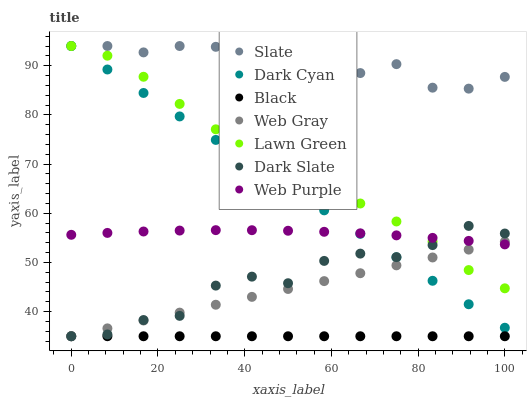
| xaxis_label | Slate | Dark Cyan | Black | Web Gray | Lawn Green | Dark Slate | Web Purple |
 | --- | --- | --- | --- | --- | --- | --- | --- |
 | 0 | 94 | 94 | 35 | 35 | 94 | 35 | 55.6 |
 | 8.33 | 94 | 89.2 | 35 | 36.6 | 92 | 35.4 | 56 |
 | 16.7 | 92.7 | 84.5 | 35 | 38.2 | 87.7 | 38.3 | 56.3 |
 | 25 | 94 | 79.7 | 35 | 39.8 | 82.2 | 39.1 | 56.5 |
 | 33.3 | 93.8 | 74.9 | 35 | 41.4 | 77.1 | 45.3 | 56.6 |
 | 41.7 | 91.2 | 70.1 | 35 | 43 | 72.9 | 47.1 | 56.6 |
 | 50 | 91.9 | 65.4 | 35 | 44.6 | 69.6 | 45.8 | 56.4 |
 | 58.3 | 87 | 60.6 | 35 | 46.2 | 63.2 | 50.3 | 56.2 |
 | 66.7 | 88.5 | 55.8 | 35 | 47.8 | 62 | 51.8 | 55.9 |
 | 75 | 90.3 | 51 | 35 | 49.4 | 58.3 | 51.1 | 55.5 |
 | 83.3 | 85.5 | 46.3 | 35 | 51 | 54.2 | 53.5 | 55 |
 | 91.7 | 85.3 | 41.5 | 35 | 52.6 | 48.5 | 57.4 | 54.4 |
 | 100 | 87.7 | 36.7 | 35 | 54.2 | 44.7 | 55.9 | 53.7 |